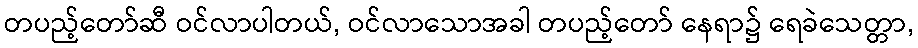
တပည့်တော်ဆီ ဝင်လာပါတယ်, ဝင်လာသောအခါ တပည့်တော် နေရာ၌ ရေခဲသေတ္တာ,